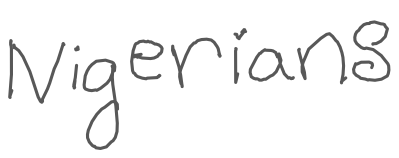
Text: Nigerians
Cross-out: clean
Writing tool: digital_gray